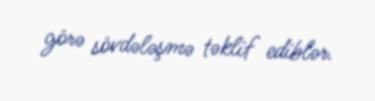
görə sövdələşmə təklif ediblər.